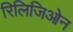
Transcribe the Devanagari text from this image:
रिलिजिओन